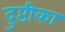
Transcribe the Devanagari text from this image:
दुप्टीका